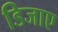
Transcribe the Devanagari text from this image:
डिजाए